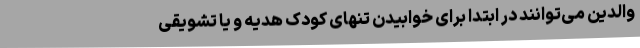
والدین می‌توانند در ابتدا برای خوابیدن تنهای کودک هدیه و یا تشویقی